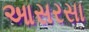
આસરસા